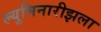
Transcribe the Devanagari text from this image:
ल्युमिनारीझला